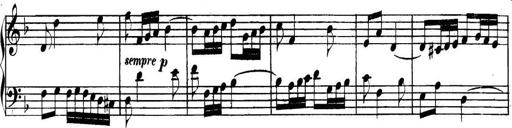
Title: Collected Piano Sonatas
Composer: Muzio Clementi